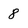
Character: 8